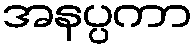
အနပ္ပကာ